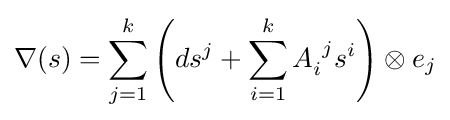
\nabla (s)=\sum _{j=1}^{k}\left(ds^{j}+\sum _{i=1}^{k}A_{i}^{\ j}s^{i}\right)\otimes e_{j}